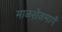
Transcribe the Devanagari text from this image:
माळशेजमार्गे